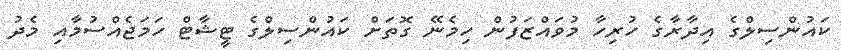
ކައުންސިލްގެ އިދާރާގެ ހުރިހާ މުވައްޒަފުން ހިމެނޭ ގޮތަށް ކައުންސިލްގެ ޓީޝާޓް ހަމަޖެއްސުމާއި މެދު